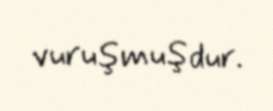
vuruşmuşdur.